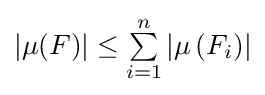
|\mu (F)|\leq \textstyle \sum \limits _{i=1}^{n}\left|\mu \left(F_{i}\right)\right|